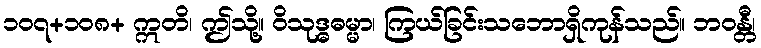
၁၀၇+၁၀၈+ ဣတိ၊ ဤသို့။ ဝိသုဒ္ဓဓမ္မာ၊ ကြယ်ခြင်းသဘောရှိကုန်သည်။ ဘဝန္တီ၊